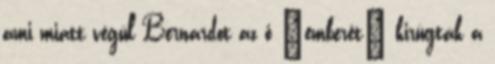
ami miatt végül Bernardot az ő “emberét” kirúgták a